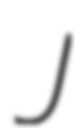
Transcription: J